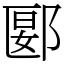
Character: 郾